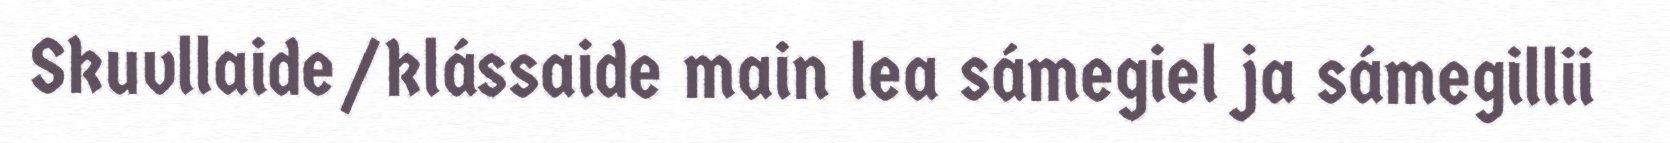
Skuvllaide/klássaide main lea sámegiel ja sámegillii